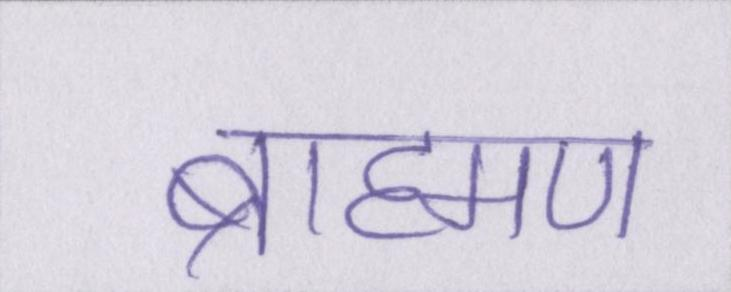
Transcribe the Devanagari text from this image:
ब्राह्मण